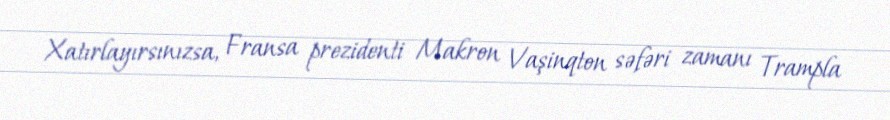
Xatırlayırsınızsa, Fransa prezidenti Makron Vaşinqton səfəri zamanı Trampla